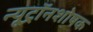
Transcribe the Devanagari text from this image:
न्यूट्रॉनशोषक